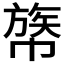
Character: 𢄧